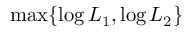
\operatorname* { m a x } \lbrace \log L _ { 1 } , \log L _ { 2 } \rbrace